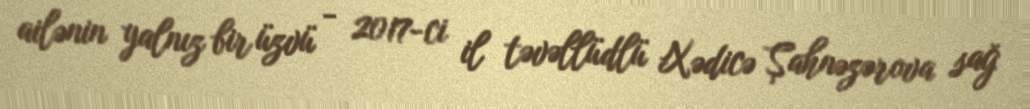
ailənin yalnız bir üzvü - 2017-ci il təvəllüdlü Xədicə Şahnəzərova sağ